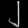
Digit: ၂